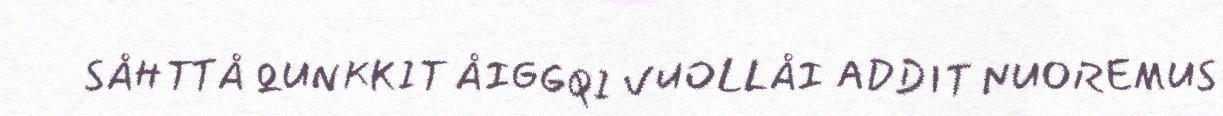
SÅHTTÅ QUNKKIT ÅIGGQI VUOLLÅI ADDIT NUOREMUS